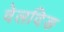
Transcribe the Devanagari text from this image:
वेलदिङ